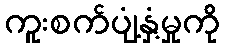
ကူးစက်ပျံ့နှံ့မှုကို